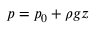
p = p _ { 0 } + \rho g z